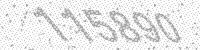
Solution: 115890